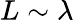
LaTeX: L\sim\lambda